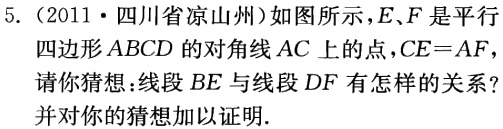
5.（2011·四川省凉山州）如图所示，\(E\)、\(F\)是平行四边形\(ABCD\)的对角线\(AC\)上的点，\(CE = AF\)，
请你猜想：线段\(BE\)与线段\(DF\)有怎样的关系？
并对你的猜想加以证明.